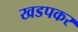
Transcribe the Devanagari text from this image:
खडपकर